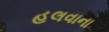
હલવાના